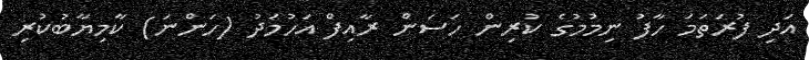
އަދި ފުރަތަމަ ހާފު ނިމުމުގެ ކުރިން ހަސަން ރާއިފް އަހުމަދު (ހަންނަ) ކާމިޔާބުކުރި